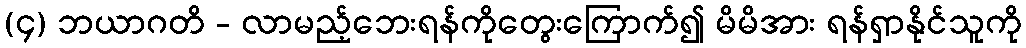
(၄) ဘယာဂတိ - လာမည့်ဘေးရန်ကိုတွေးကြောက်၍ မိမိအား ရန်ရှာနိုင်သူကို